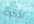
اذكرك